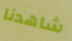
شاهدنا